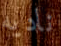
ناديه